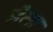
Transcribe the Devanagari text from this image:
प्रेला